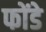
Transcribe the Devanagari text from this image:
फोंडे